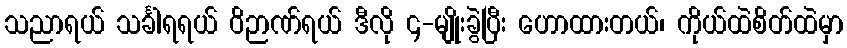
သညာရယ် သင်္ခါရရယ် ဝိဉာဏ်ရယ် ဒီလို ၄-မျိုးခွဲပြီး ဟောထားတယ်၊ ကိုယ်ထဲစိတ်ထဲမှာ